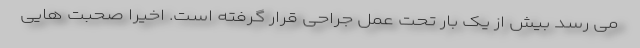
می رسد بیش از یک بار تحت عمل جراحی قرار گرفته است. اخیراً صحبت هایی